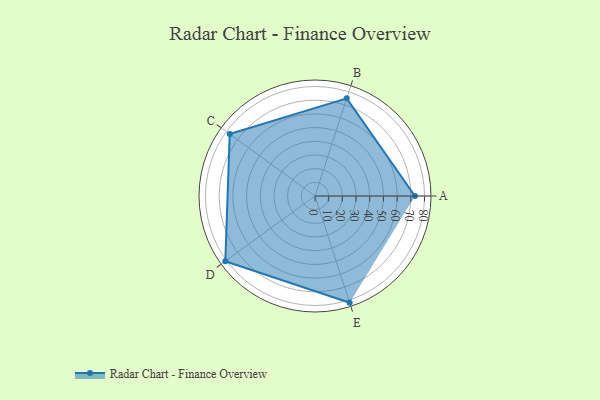
{"axis": {"x": "Skill", "y": "Score"}, "legend": ["Profile"], "data": [{"x": "A", "y": 73.0, "type": "Profile"}, {"x": "B", "y": 75.0, "type": "Profile"}, {"x": "C", "y": 77.0, "type": "Profile"}, {"x": "D", "y": 81.0, "type": "Profile"}, {"x": "E", "y": 82.0, "type": "Profile"}]}